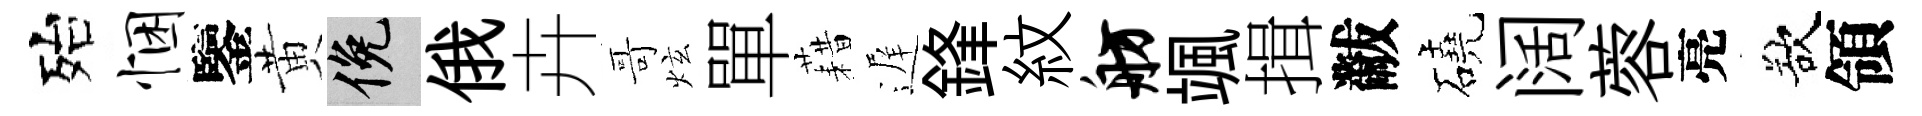
殆悃鑒黄俯俄卉哥炫單藉遅鋒紋舫颯揖黻磽阔蓉亮欲領